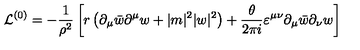
{ \cal L } ^ { ( 0 ) } = - \frac { 1 } { \rho ^ { 2 } } \left[ r \left( \partial _ { \mu } \bar { w } \partial ^ { \mu } w + | m | ^ { 2 } | w | ^ { 2 } \right) + \frac { \theta } { 2 \pi i } \varepsilon ^ { \mu \nu } \partial _ { \mu } \bar { w } \partial _ { \nu } w \right]